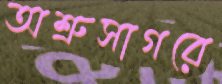
অশ্রুসাগরে